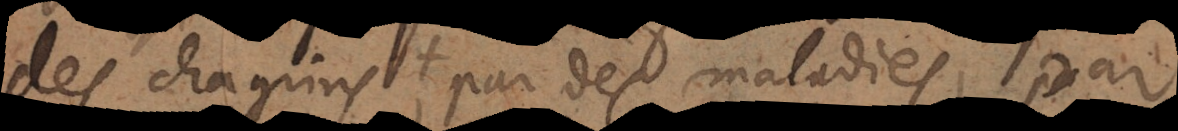
des chagrins, par des maladies, par